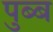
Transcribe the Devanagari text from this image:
पुब्ब